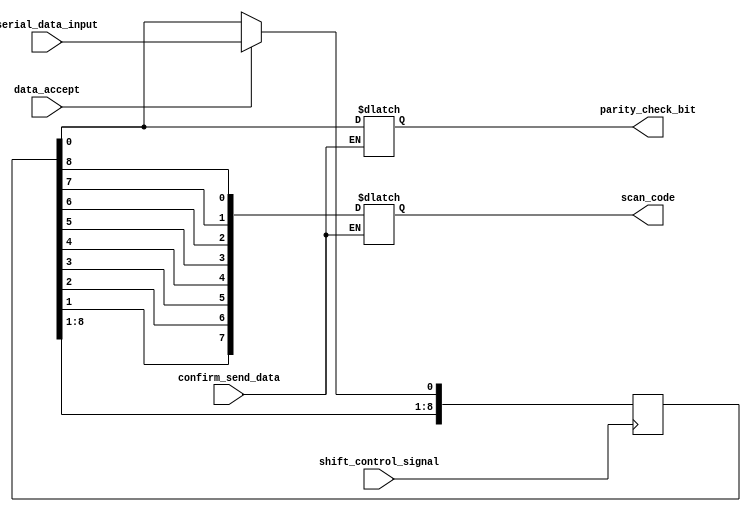
module Data_Parallelization #(parameter REG_SIZE = 9)(
		input 													  serial_data_input,
		input 												  shift_control_signal,
		input 															  data_accept,
		input 													  confirm_send_data,
		output reg 													parity_check_bit,
		output reg [REG_SIZE - 2 : 0] 								 scan_code
		);
		
		reg [REG_SIZE - 1 : 0] 									  shift_register;
		
	always@(negedge shift_control_signal) begin
		if(data_accept) begin 
			shift_register <= {shift_register				[REG_SIZE - 1: 1], 
									 serial_data_input
									 };
		end // if
	end // always
	
	always@(*) begin
		if(confirm_send_data) begin
			scan_code[0] 	  <= shift_register[8];
			scan_code[1] 	  <= shift_register[7];
			scan_code[2] 	  <= shift_register[6];
			scan_code[3] 	  <= shift_register[5];
			scan_code[4] 	  <= shift_register[4];
			scan_code[5] 	  <= shift_register[3];
			scan_code[6] 	  <= shift_register[2];
			scan_code[7] 	  <= shift_register[1];
			parity_check_bit <= shift_register[0];
		end // if
	end // always
	
endmodule